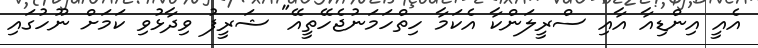
އެއީ އިންޑިއާ އާއި ސްރީލަންކާ އެކަމާ ހިތްހަމަނުޖެހޭތީއޭ" ޝަރީފު ވިދާޅުވި ކަމަށް ނޫހުގައި